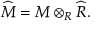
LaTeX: { \widehat { M } } = M \otimes _ { R } { \widehat { R } } .